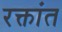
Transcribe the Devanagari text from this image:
रक्तांत